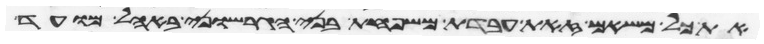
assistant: את כל משאם זאת עבדת משפחת בני הגרשוני באהל מועד